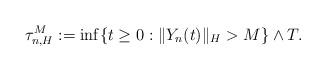
LaTeX: \begin{align*}\tau_{n,H}^M := \inf\{t\geq 0: \Vert Y_n(t)\Vert_H >M \}\wedge T .\end{align*}